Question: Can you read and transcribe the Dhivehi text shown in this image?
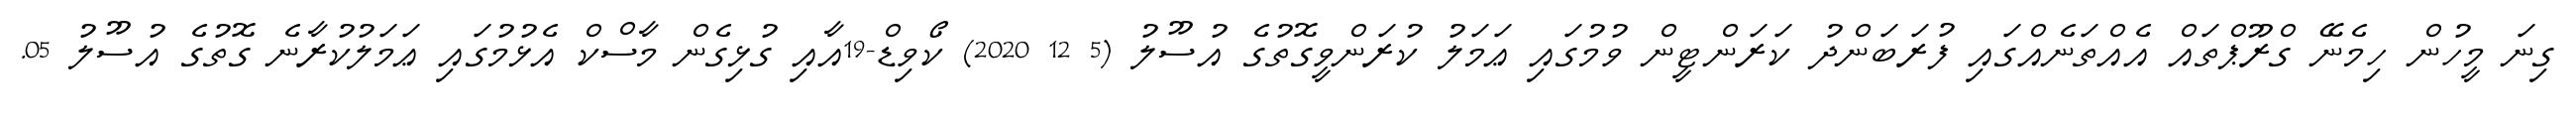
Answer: ގިނަ މީހުން ހިމެނޭ ގްރޫޕްތައް އެއްތަނެއްގައި ފުރަބަންދު ކަރަންޓީން ވުމުގައި ޢަމަލު ކުރަންވީގޮތުގެ އުސޫލު (5 12 2020) ކޯވިޑް-19އާއި ގުޅިގެން މާސްކް އެޅުމުގައި ޢަމަލުކުރާނެ ގޮތުގެ އުސޫލު 05.